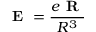
\textbf { E } = \frac { e \textbf { R } } { R ^ { 3 } }